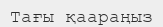
Тағы қаараңыз